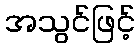
အသွင်ဖြင့်